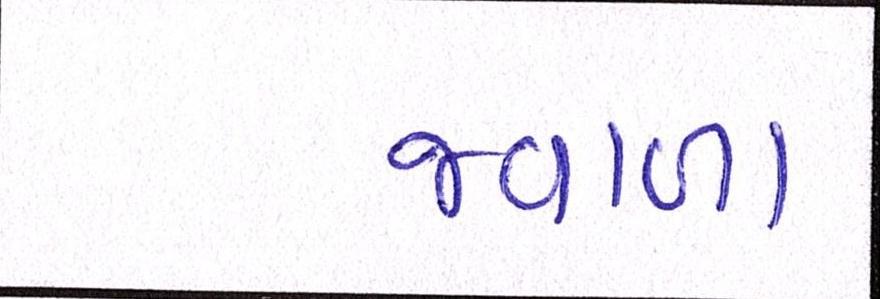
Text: જ્વાળા